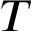
T